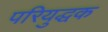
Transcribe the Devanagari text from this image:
परियुद्धक